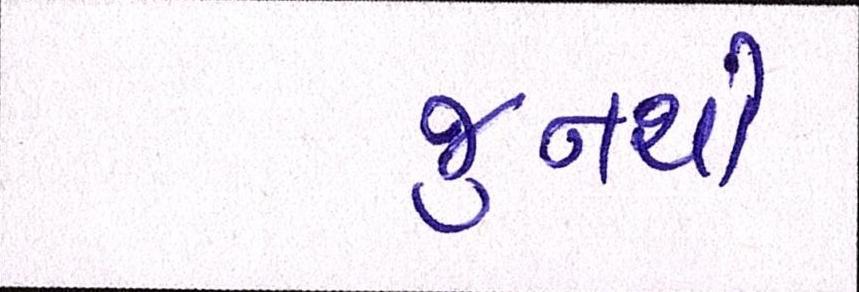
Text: જુનથી